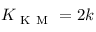
K _ { \mathrm { ~ K ~ M ~ } } = 2 k